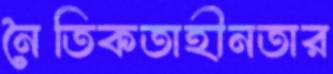
নৈতিকতাহীনতার